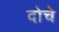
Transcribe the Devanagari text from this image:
दोचे